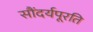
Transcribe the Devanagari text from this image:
सौंदर्यपूरति